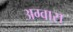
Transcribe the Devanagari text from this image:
अग्वास